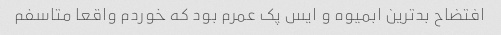
افتضاح بدترین ابمیوه و ایس پک عمرم بود که خوردم واقعا متاسفم